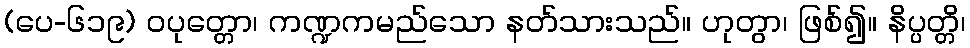
(ပေ-၆၁၉) ဝပုတ္တော၊ ကဏ္ဍကမည်သော နတ်သားသည်။ ဟုတွာ၊ ဖြစ်၍။ နိပ္ပတ္တိ၊